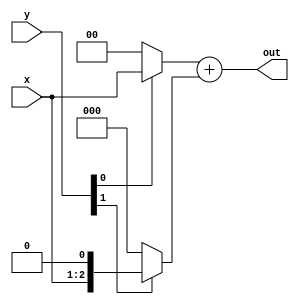
/*
 * Antonio Aguilar
 * Multiplicador de 2 bits compartamental
*/

module mul2bc(input [1:0] x, y, output [3:0] out);
	reg[3:0] r0, r1;

	always @(x or y)
	begin
		r0 = y[0] ? {2'b00, x} : 0;
		r1 = y[1] ? {x, 1'b0} : 0;
	end
	assign out = r0 + r1;
	
//	always @(x or y)
//	begin
//		if (y[0] == 1)
//			r0 = {2'b00, x};
//		else
//			r0 = 0;
//		if (y[1] == 1)
//			r1 = {1'b0, x, 1'b0};
//		else 
//			r1 = 0;
//	end
//	assign out = r0 + r1;

//	always @(x or y)
//	begin
//		case (y)
//			0: out = 0;
//			1: out = {2'b00, x};
//			2: out = {1'b0, x, 1'b0};
//			3: out = {2'b00, x} + {1'b0, x, 1'b0};
//		endcase
//	end
endmodule